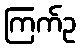
ကြက်ဥ